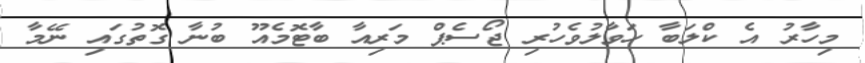
މިހާރު އެ ކްލަބާ ހަވާލުވެހުރި ޖޯސެޕް މަރިއާ ބާޓޮމެއޫ ބުނާ ގޮތުގައި ނޭމާ